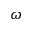
\omega